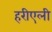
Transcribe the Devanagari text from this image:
हरीएली